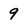
Character: 9